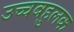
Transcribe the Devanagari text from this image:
उच्चबहुलक